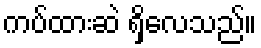
ကပ်ထားဆဲ ရှိလေသည်။